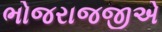
ભોજરાજજીએ